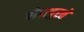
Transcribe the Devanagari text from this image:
पोडापुरते